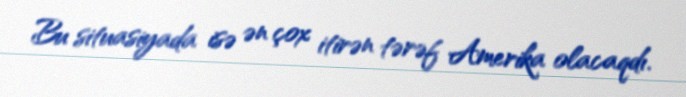
Bu situasiyada isə ən çox itirən tərəf Amerika olacaqdı.